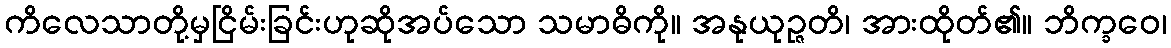
ကိလေသာတို့မှငြိမ်းခြင်းဟုဆိုအပ်သော သမာဓိကို။ အနုယုဉ္ဇတိ၊ အားထိုတ်၏။ ဘိက္ခဝေ၊